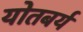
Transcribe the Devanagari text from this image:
योतबर्य